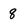
Character: 8